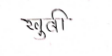
मजकूर: खुबी